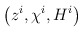
\begin{align*}\left(z^i,\chi^i,H^i\right)\end{align*}